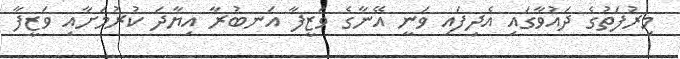
މިރުފަތުގެ ދައުވާގައި އެދިފައި ވަނީ އޭނާގެ ވަޒީފާ އަނބުރާ އިޔާދަ ކުރުމަށާއި ވަޒީފާ